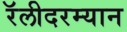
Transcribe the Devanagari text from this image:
रॅलीदरम्यान